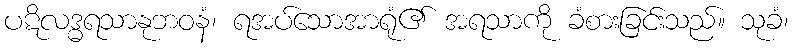
ပဋိလဒ္ဓရသာနုဘဝနံ၊ ရအပ်သောအာရုံ၏ အရသာကို ခံစားခြင်းသည်။ သုခံ၊